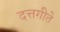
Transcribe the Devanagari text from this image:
दत्तगीते